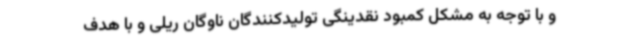
و با توجه به مشکل کمبود نقدینگی تولیدکنندگان ناوگان ریلی و با هدف